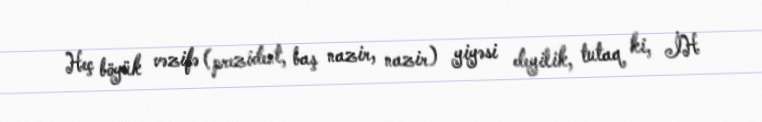
Heç böyük vəzifə (prezident, baş nazir, nazir) yiyəsi deyilik, tutaq ki, İH